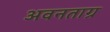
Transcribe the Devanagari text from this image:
अवनताग्र